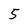
Character: 5